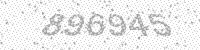
Solution: 896945